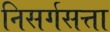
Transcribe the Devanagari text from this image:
निसर्गसत्ता